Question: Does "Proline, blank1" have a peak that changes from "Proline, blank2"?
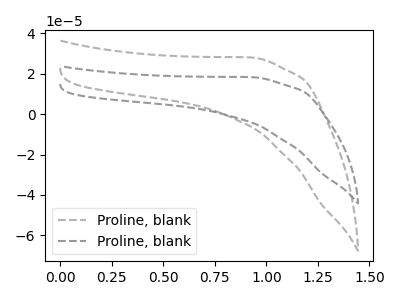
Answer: <think>The gray dashed curve "Proline, blank1" has no peaks. The gray dashed curve "Proline, blank2" has no peaks.
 Neither "Proline, blank1" or "Proline, blank2" have any peaks.</think>
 <answer>No, "Proline, blank1" and "Proline, blank2" don't appear to be significantly different in shape</answer>
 <eval>no_change</eval>